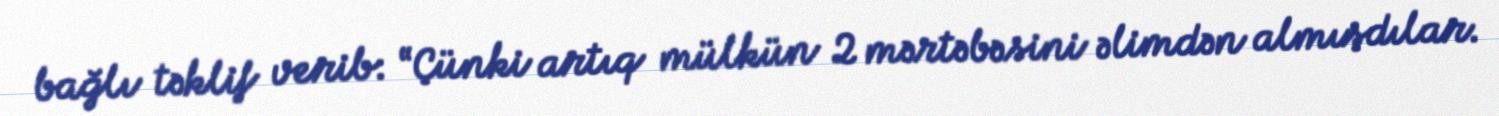
bağlı təklif verib: “Çünki artıq mülkün 2 mərtəbəsini əlimdən almışdılar.